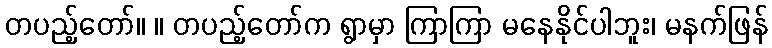
တပည့်တော်။ ။ တပည့်တော်က ရွာမှာ ကြာကြာ မနေနိုင်ပါဘူး၊ မနက်ဖြန်